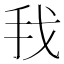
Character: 𰓂